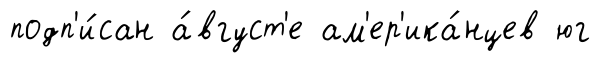
подп'и́сан а́вгуст'е ам'ер'ика́нцев юг